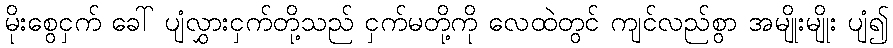
မိုးစွေငှက် ခေါ် ပျံလွှားငှက်တို့သည် ငှက်မတို့ကို လေထဲတွင် ကျင်လည်စွာ အမျိုးမျိုး ပျံ၍